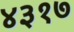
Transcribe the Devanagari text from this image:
४३१७